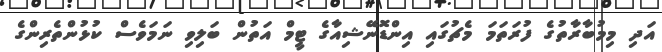
އަދި މިމުބާރާތުގެ ފުރަތަމަ މެޗުގައި އިންޑޮނޭޝިއާގެ ޓީމް އަތުން ބަލިވި ނަމަވެސް ކުޅުންތެރިންގެ